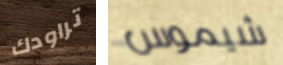
تراودك شيموس